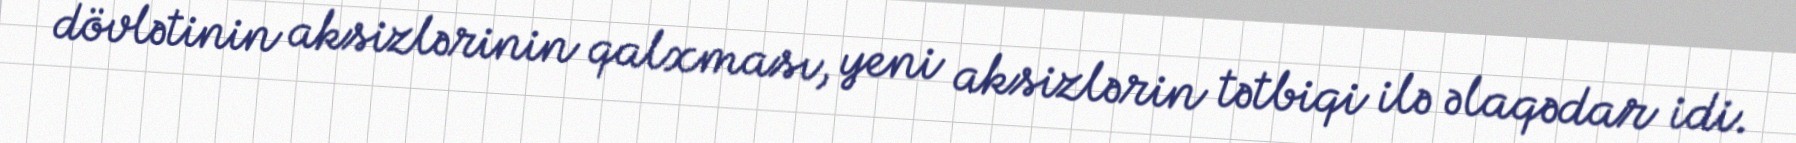
dövlətinin aksizlərinin qalxması, yeni aksizlərin tətbiqi ilə əlaqədar idi.